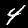
Digit: 4